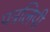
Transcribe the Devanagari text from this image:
पत्रलिपी